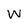
Character: w